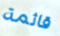
قائمة